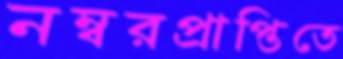
নম্বরপ্রাপ্তিতে